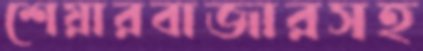
শেয়ারবাজারসহ